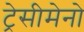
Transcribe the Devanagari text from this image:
ट्रेसीमेनो